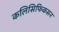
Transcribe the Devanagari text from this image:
कलिसिफिकसन